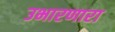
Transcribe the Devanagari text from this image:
उभारणारा